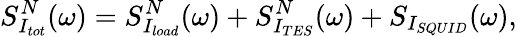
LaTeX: S_{I_{tot}}^{N}(\omega)=S_{I_{load}}^{N}(\omega)+S_{I_{TES}}^{N}(\omega)+S_{I_{SQUID}}(\omega),